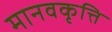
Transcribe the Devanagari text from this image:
मानवकृत्ति